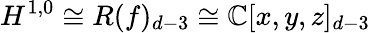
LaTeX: H^{1,0}\cong R(f)_{d-3}\cong\mathbb{C}[x,y,z]_{d-3}